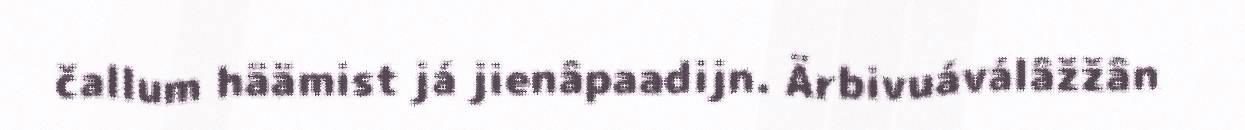
čallum häämist já jienâpaadijn. Ärbivuáválâžžân